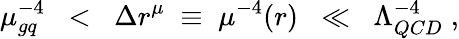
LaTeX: \mu_{gq}^{-4}\; \; <\; \; \Delta r^{\mu}\; \equiv\; \mu^{-4}(r)\; \; \ll\; \; \Lambda_{QCD}^{-4}\; ,